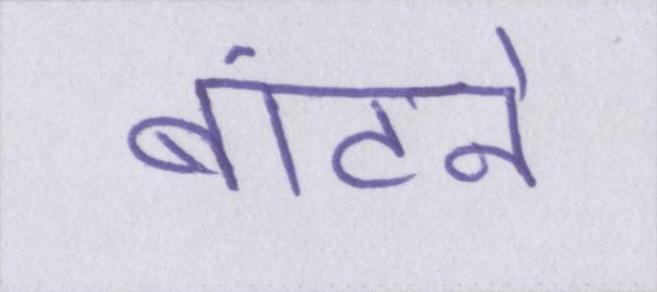
बांटने